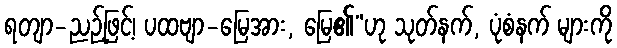
ရတျာ-ညဉ့်ဖြင့်၊ ပထဗျာ-မြေအား, မြေ၏”ဟု သုတ်နက်, ပုံစံနက် များကို